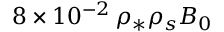
8 \times 1 0 ^ { - 2 } \, \rho _ { * } \rho _ { s } B _ { 0 }